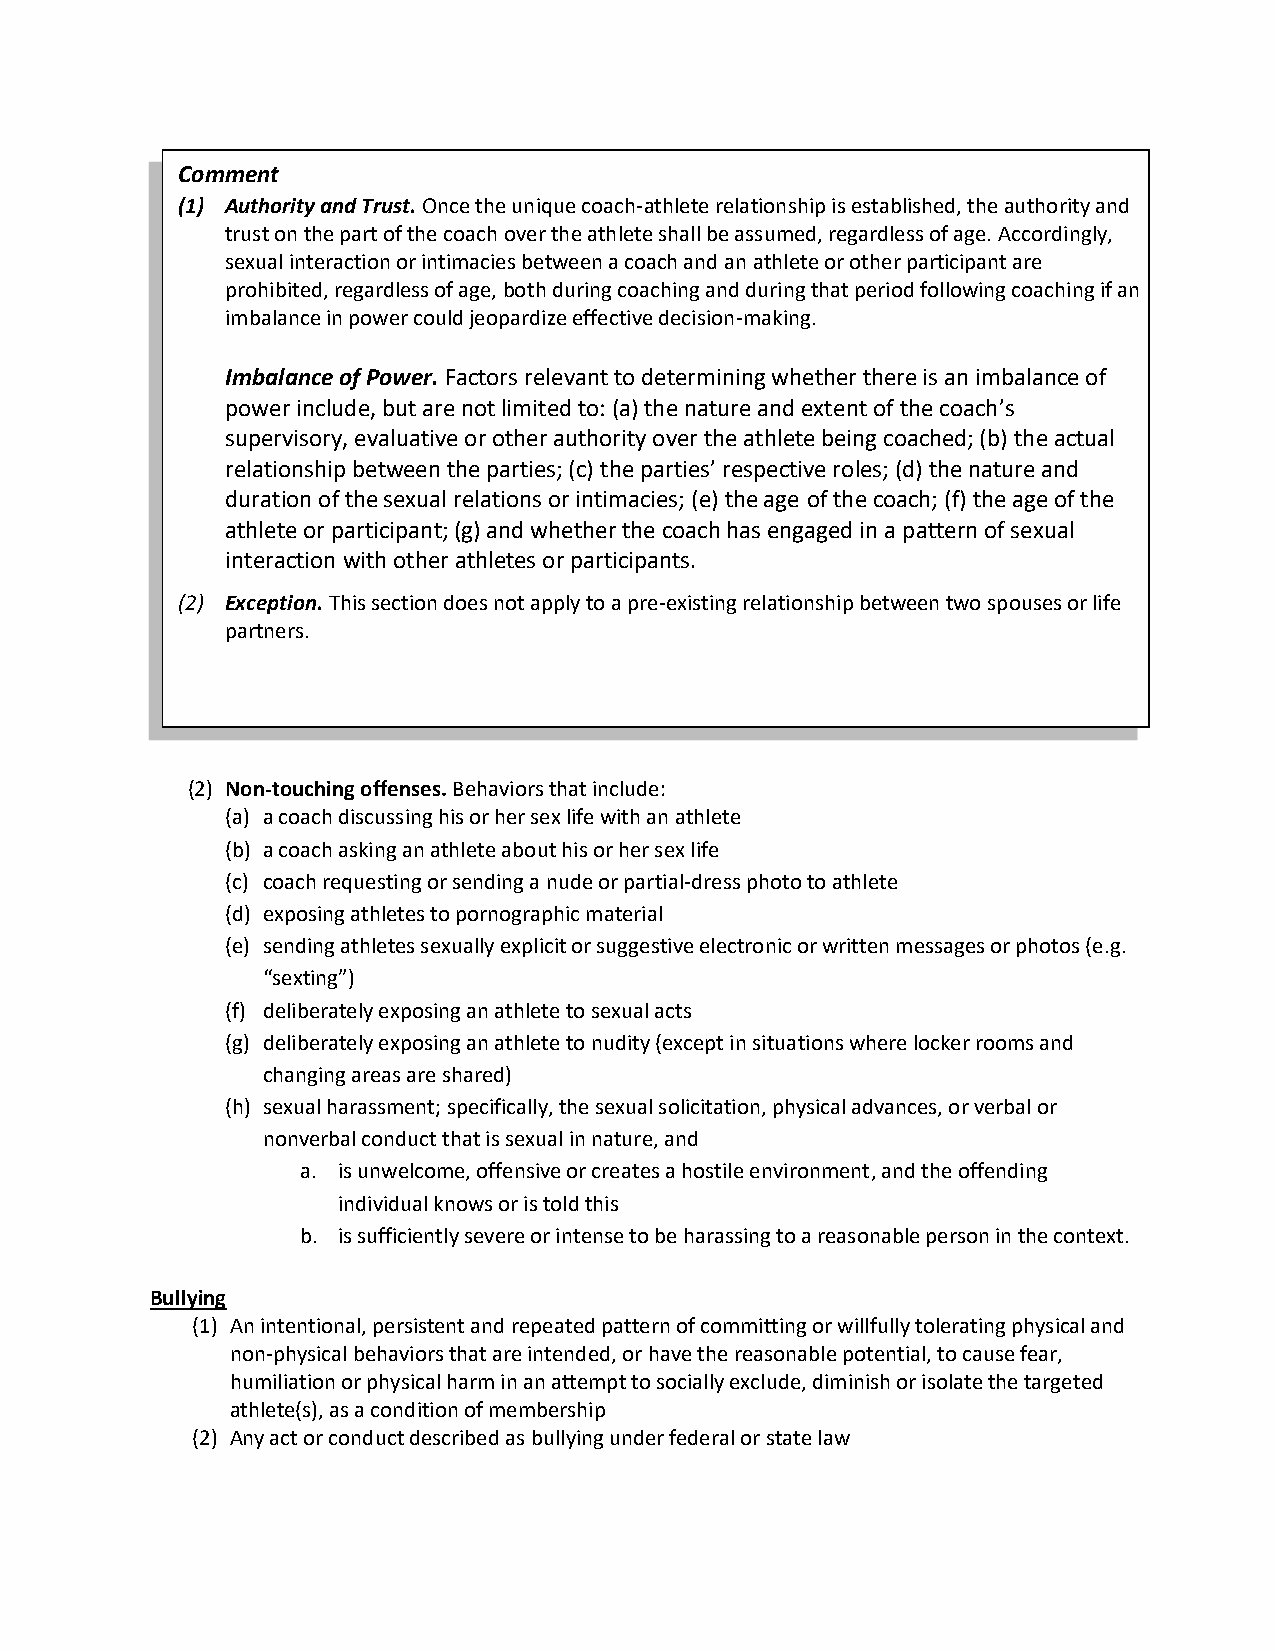
Comment
 (1) Authority and Trust. Once the unique coach-athlete relationship is established, the authority and
 trust on the part of the coach over the athlete shall be assumed, regardless of age. Accordingly,
 sexual interaction or intimacies between a coach and an athlete or other participant are
 prohibited, regardless of age, both during coaching and during that period following coaching if an
 imbalance in power could jeopardize effective decision-making.
 Imbalance of Power. Factors relevant to determining whether there is an imbalance of
 power include, but are not limited to: (a) the nature and extent of the coach’s
 supervisory, evaluative or other authority over the athlete being coached; (b) the actual
 relationship between the parties; (c) the parties’ respective roles; (d) the nature and
 duration of the sexual relations or intimacies; (e) the age of the coach; (f) the age of the
 athlete or participant; (g) and whether the coach has engaged in a pattern of sexual
 interaction with other athletes or participants.
 (2) Exception. This section does not apply to a pre-existing relationship between two spouses or life
 partners.
 (2) Non-touching offenses. Behaviors that include:
 (a) a coach discussing his or her sex life with an athlete
 (b) a coach asking an athlete about his or her sex life
 (c) coach requesting or sending a nude or partial-dress photo to athlete
 (d) exposing athletes to pornographic material
 (e) sending athletes sexually explicit or suggestive electronic or written messages or photos (e.g.
 “sexting”)
 (f) deliberately exposing an athlete to sexual acts
 (g) deliberately exposing an athlete to nudity (except in situations where locker rooms and
 changing areas are shared)
 (h) sexual harassment; specifically, the sexual solicitation, physical advances, or verbal or
 nonverbal conduct that is sexual in nature, and
 a. is unwelcome, offensive or creates a hostile environment, and the offending
 individual knows or is told this
 b. is sufficiently severe or intense to be harassing to a reasonable person in the context.
 Bullying
 (1) An intentional, persistent and repeated pattern of committing or willfully tolerating physical and
 non-physical behaviors that are intended, or have the reasonable potential, to cause fear,
 humiliation or physical harm in an attempt to socially exclude, diminish or isolate the targeted
 athlete(s), as a condition of membership
 (2) Any act or conduct described as bullying under federal or state law